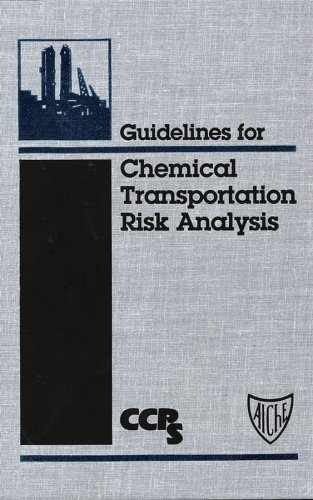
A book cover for Guidelines for Chemical Transportation Risk Analysis (Center for Chemical Process Safety "Guidelines" series); CCPS (Center for Chemical Process Safety); Science & Math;